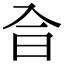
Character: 𠓤